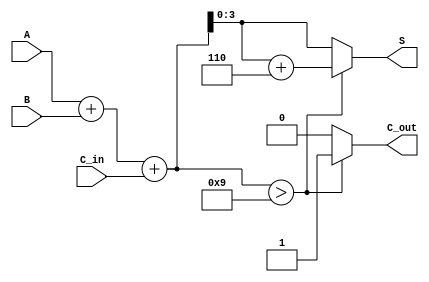
module BCD_Hybrid_Adder (
    input [3:0] A,        // First BCD digit
    input [3:0] B,        // Second BCD digit
    input C_in,           // Carry-in from previous addition
    output reg [3:0] S,   // Resulting BCD digit
    output reg C_out      // Carry-out to the next decimal digit
);

    // Internal signals
    wire [4:0] sum;       // 5-bit sum to accommodate carry
    wire [4:0] corrected_sum; // Sum after BCD correction

    // Binary addition of A, B and carry-in
    assign sum = A + B + C_in;

    // BCD correction logic
    always @(*) begin
        if (sum > 4'b1001) begin
            corrected_sum = sum + 4'b0110; // Add 6 for BCD correction
            S = corrected_sum[3:0];         // Take the lower 4 bits
            C_out = 1'b1;                   // Set carry-out
        end else begin
            S = sum[3:0];                   // Valid BCD, no correction needed
            C_out = 1'b0;                   // No carry-out
        end
    end

endmodule